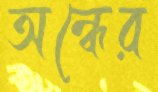
অন্ধের